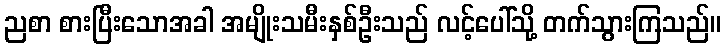
ညစာ စားပြီးသောအခါ အမျိုးသမီးနှစ်ဦးသည် လင့်ပေါ်သို့ တက်သွားကြသည်။